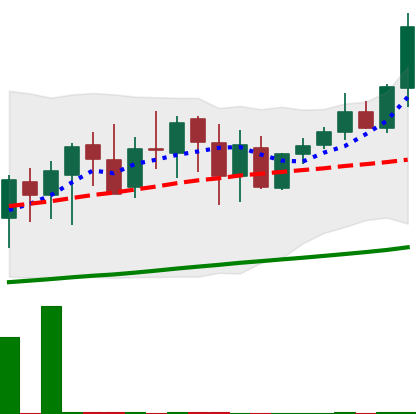
Ticker: XMR-USD
Chart end date: 2020-09-30
Forward return: 4.394%
Label: up_3_5